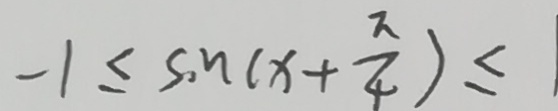
- 1 \leq \sin ( x + \frac { \pi } { 4 } ) \leq